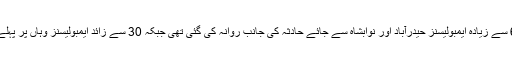
ایدھی سروس کے سعد ایدھی کے مطابق 60 سے زیادہ ایمبولیسنز حیدرآباد اور نوابشاہ سے جائے حادثہ کی جانب روانہ کی گئی تھی جبکہ 30 سے زائد ایمبولیسنز وہاں پر پہلے سے امدادی کارروائیوں میں مصروف تھی۔